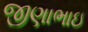
જીણાભાઇ